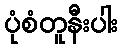
ပုံစံတူနီးပါး